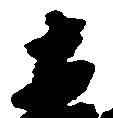
直